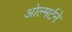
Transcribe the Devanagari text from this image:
ओल्मर्टने